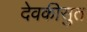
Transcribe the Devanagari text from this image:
देवकीसुत